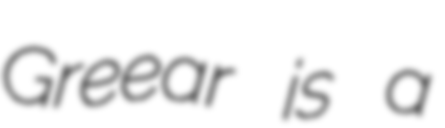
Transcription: Greear is a